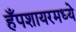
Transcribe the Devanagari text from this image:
हँपशायरमध्ये